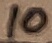
Text: 10